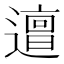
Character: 𨗍